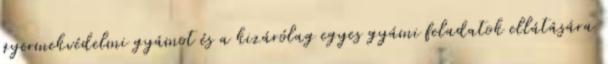
gyermekvédelmi gyámot és a kizárólag egyes gyámi feladatok ellátására